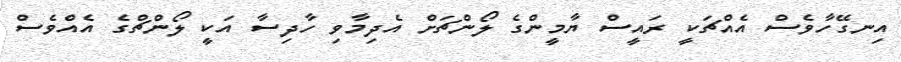
އިނގޭހާވެސް އެއްޗަކީ ރައީސް ޔާމީންގެ ލޯންޗަށް އެދިމާވި ހާދިސާ އަކީ ލޯންޗްގެ އެއްވެސް